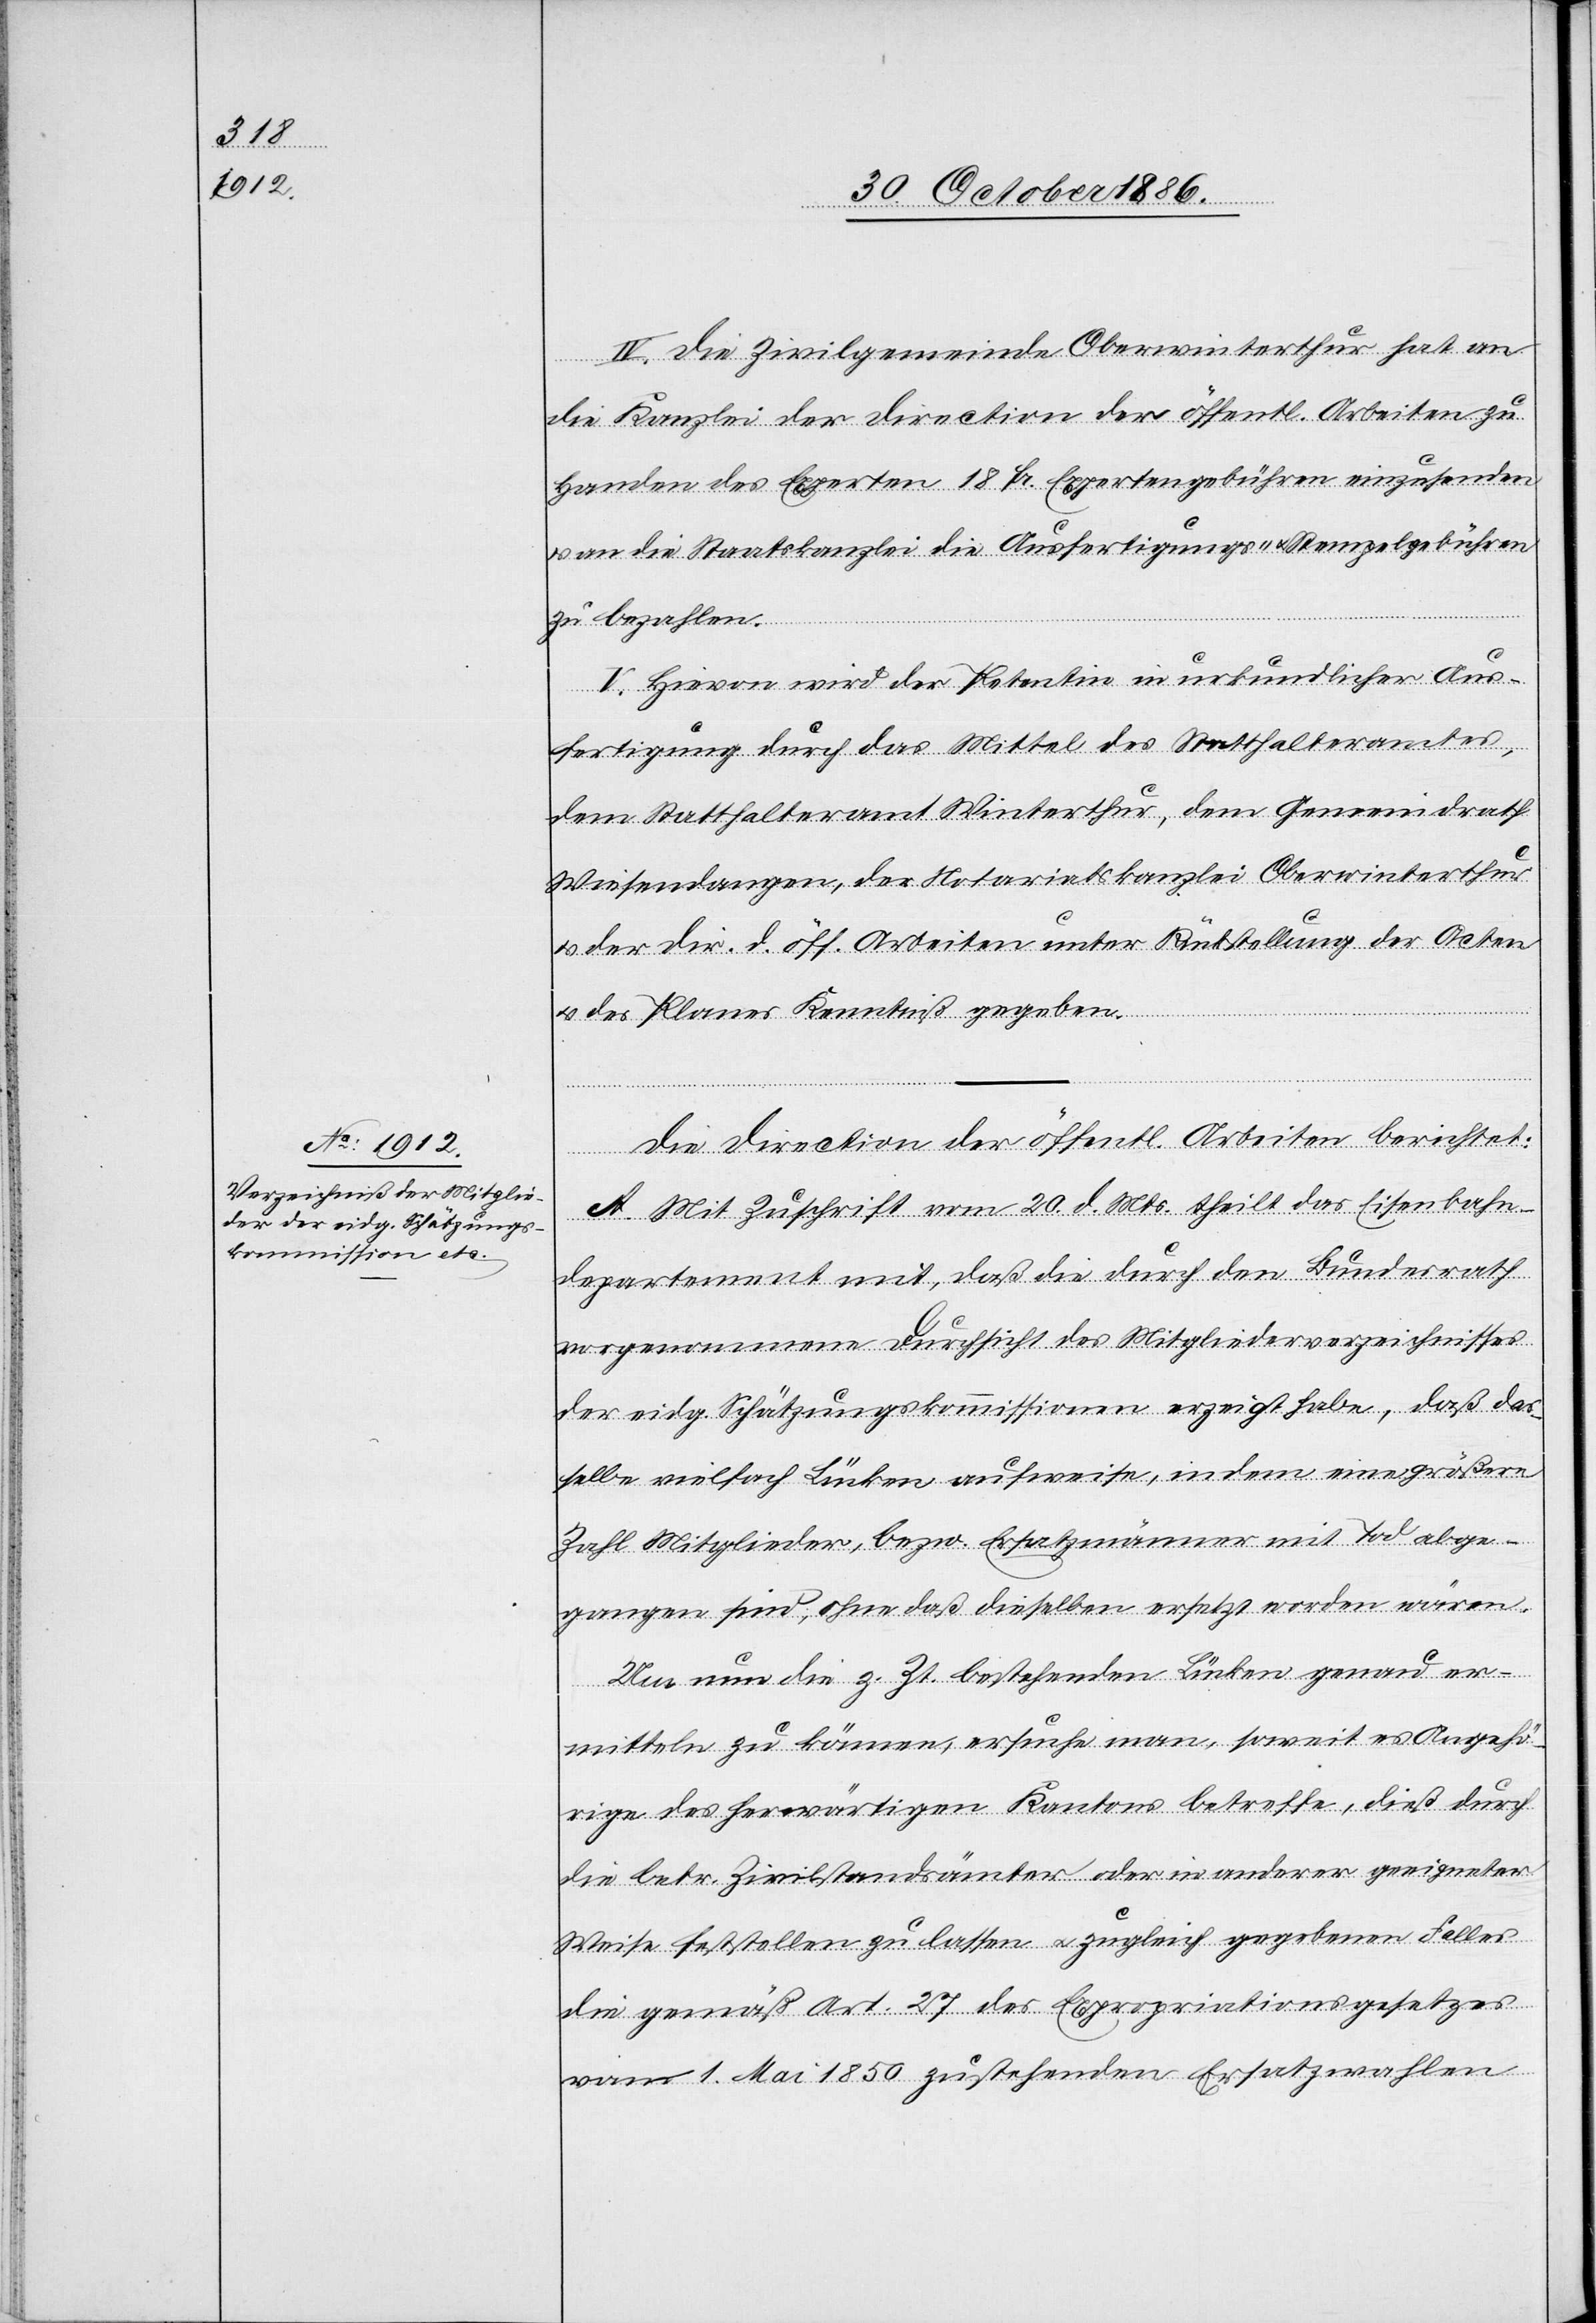
IV. Die Zivilgemeinde Oberwinterthur hat an
die Kanzlei der Direction der öffentl. Arbeiten zu
Handen des Experten 18 Fr. Expertengebühren einzusenden
an die Staatskanzlei die Ausfertigungs- & Stempelgebühren
zu bezahlen.
V. Hievon wird der Petentin in urkundlicher Aus¬
fertigung durch das Mittel des Statthalteramtes,
dem Statthalteramt Winterthur, dem Gemeindrath
Wiesendangen, der Notariatskanzlei Oberwinterthur
& der Dir. d. öff. Arbeiten unter Rückstellung der Acten
& des Planes Kenntniß gegeben.
Die Direction der öffentl. Arbeiten berichtet:
A. Mit Zuschrift vom 20. d. Mts. theilt das Eisenbahn¬
departement mit, daß die durch den Bundesrath
vorgenommene Durchsicht des Mitgliederverzeichnisses
der eidg. Schätzungskommissionen erzeigt habe, daß das¬
selbe vielfach Lücken aufweise, indem eine größere
Zahl Mitglieder, bezw. Ersatzmänner mit Tod abge¬
gangen sind, ohne daß dieselben ersetzt worden wären.
Um nun die z. Zt. bestehenden Lücken genau er¬
mitteln zu können, ersuche man, soweit es Angehö¬
rige des herwärtigen Kantons betreffe, dieß durch
die betr. Zivilstandsämter oder in anderer geeigneter
Weise feststellen zu lassen & zugleich gegebenen Falles
die gemäß Art. 27 des Expropriationsgesetzes
vom 1. Mai 1850 zustehenden Ersatzwahlen